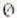
0